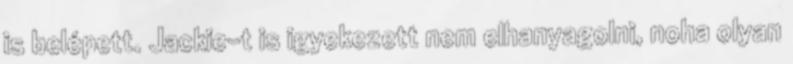
is belépett. Jackie-t is igyekezett nem elhanyagolni, noha olyan